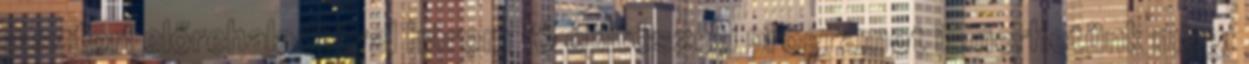
a sztori előrehaladtával három fő építészeti programot ismerhetünk meg: